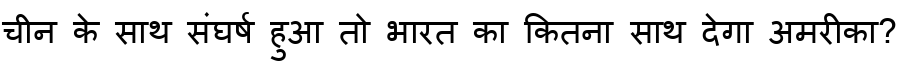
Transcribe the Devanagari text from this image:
चीन के साथ संघर्ष हुआ तो भारत का कितना साथ देगा अमरीका?